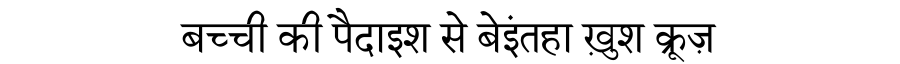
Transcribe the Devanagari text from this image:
बच्ची की पैदाइश से बेइंतहा ख़ुश क्रूज़